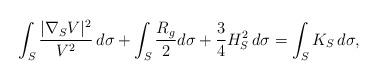
LaTeX: \begin{align*}\int_S\dfrac{|\nabla_SV|^2}{V^2}\,d\sigma+\int_S\dfrac{R_g}{2}d\sigma+\dfrac{3}{4}H_S^2\,d\sigma=\int_S K_S\,d\sigma,\end{align*}